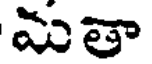
మతా